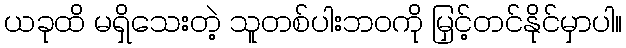
ယခုထိ မရှိသေးတဲ့ သူတစ်ပါးဘဝကို မြှင့်တင်နိုင်မှာပါ။